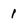
Character: 1